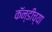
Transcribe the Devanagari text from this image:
कॅन्डीच्या